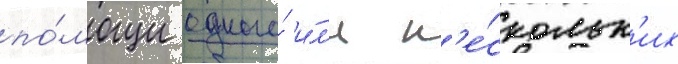
по́мощи одного́ и́л'и н'е́скольк'их